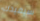
سيفيدك